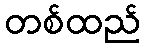
တစ်ထည်